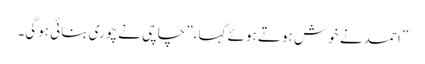
” احمد نے خوش ہوتے ہوئے کہا،” چاچی نے چوری بنائی ہوگی۔